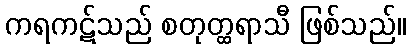
ကရကဋ်သည် စတုတ္ထရာသီ ဖြစ်သည်။